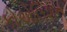
કોએલિશન